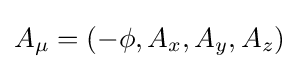
A_{\mu }=\left(-\phi ,A_{x},A_{y},A_{z}\right)